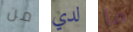
من لدي ما